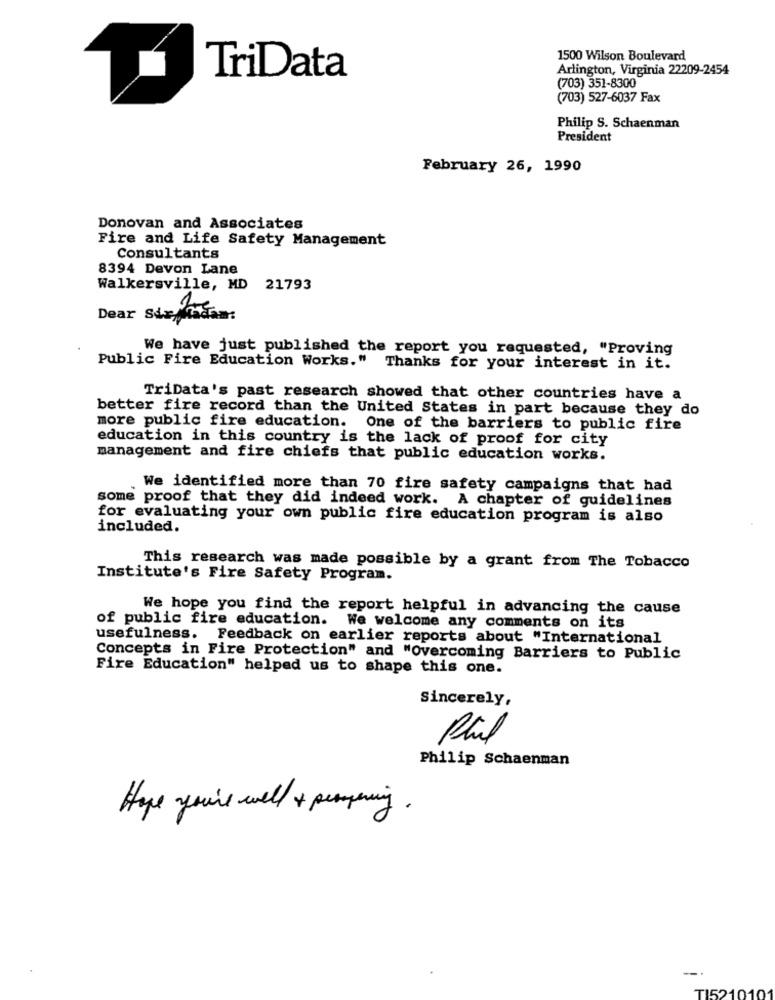
1500 Wilson Boulevard
Arlington, Virginia 22209-2454
TriData
(703) 351-8300
(703) 527-6037 Fax
Philip S. Schaenman
President
February 26, 1990
Donovan and Associates
Fire and Life Safety Management
Consultants
8394 Devon Lane
Walkersville, MD 21793
Dear steddam:
We have just published the report you requested, "Proving
Public Fire Education Works."
Thanks for your interest in it.
TriData's past research showed that other countries have a
better fire record than the United States in part because they do
more public fire education. One of the barriers to public fire
education in this country is the lack of proof for city
management and fire chiefs that public education works.
.
We identified more than 70 fire safety campaigns that had
some proof that they did indeed work. A chapter of guidelines
for evaluating your own public fire education program is also
included.
This research was made possible by a grant from The Tobacco
Institute's Fire Safety Program.
We hope you find the report helpful in advancing the cause
of public fire education. We welcome any comments on its
usefulness. Feedback on earlier reports about "International
Concepts in Fire Protection" and "Overcoming Barriers to Public
Fire Education" helped us to shape this one.
Sincerely,
Philip Schaenman
Hope you're well + prospering .
TI5210101